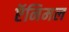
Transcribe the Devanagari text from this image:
ऍनिमल